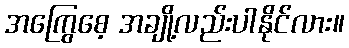
အကြွေစေ့ အချို့လည်းပါနိုင်လား။